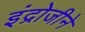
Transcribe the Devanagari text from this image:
इंद्रोजीने